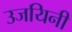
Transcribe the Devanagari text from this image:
उजयिनी